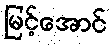
မြင့်အောင်